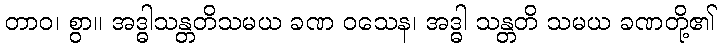
တာဝ၊ စွာ။ အဒ္ဓါသန္တတိသမယ ခဏ ဝသေန၊ အဒ္ဓါ သန္တတိ သမယ ခဏတို့၏